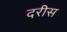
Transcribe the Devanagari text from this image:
दरीस